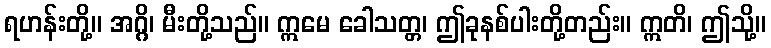
ရဟန်းတို့။ အဂ္ဂိ၊ မီးတို့သည်။ ဣမေ ခေါသတ္တ၊ ဤခုနစ်ပါးတို့တည်း။ ဣတိ၊ ဤသို့။